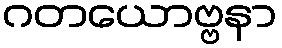
ဂတယောဗ္ဗနာ